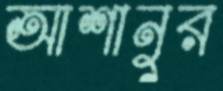
আশানুর